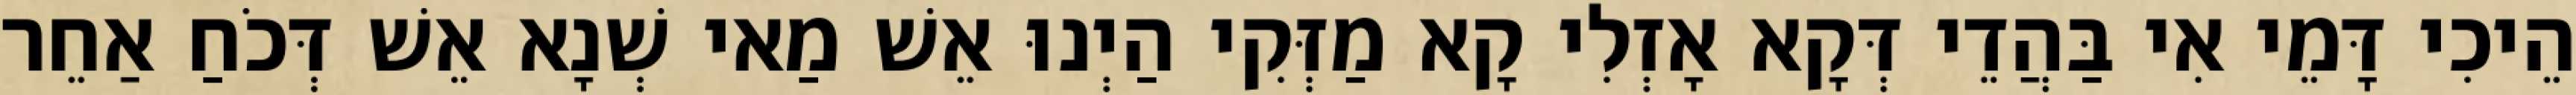
הֵיכִי דָּמֵי אִי בַּהֲדֵי דְּקָא אָזְלִי קָא מַזְּקִי הַיְנוּ אֵשׁ מַאי שְׁנָא אֵשׁ דְּכֹחַ אַחֵר